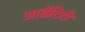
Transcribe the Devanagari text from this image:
आडेंटिटी